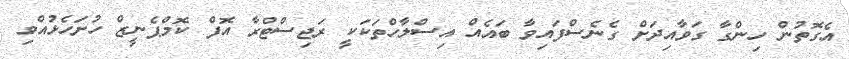
އެގޮތުން ހިންގާ ގަވާއިދަށް ގެނެސްފައިވާ ބައެއް އިސްލާހްތަކަކީ ރަޖިސްޓްރާ އޮފް ކޮމްޕެނީޒް ހުށަހެޅުއްވި